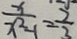
\frac { x } { x ^ { 2 } - 1 } = \frac { 2 } { 3 }